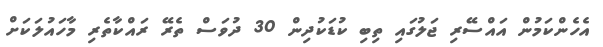
އެހެންކަމުން އައްސޭރި ޖަލުގައި ތިބި ކުޑަކުދިން 30 ދުވަސް ތެރޭ ރައްކާތެރި މާހައުލަކަށް